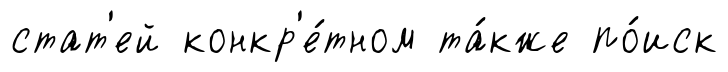
стат'ей конкр'е́тном та́кже по́иск